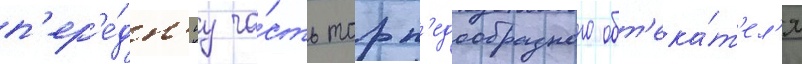
п'ер'е́дн'юу ча́сть торп'едообразного обт'ека́т'ел'я